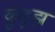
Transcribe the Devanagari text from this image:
कुंडुझ